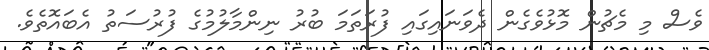
ވެސް މި މެޗުން މޮޅުވެގެން ދެވަނައިގައި ފުރަތަމަ ބުރު ނިންމާލުމުގެ ފުރުސަތު އެބައޮތެވެ.